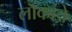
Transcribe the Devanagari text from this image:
लॊकांचे